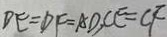
D E = D F = A D , C E = C F